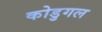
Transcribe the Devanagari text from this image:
कोडुगल